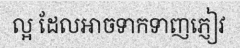
ល្អ ដែលអាចទាកទាញភ្ញៀវ